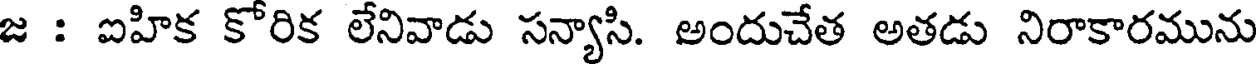
జ : ఐహిక కోరిక లేనివాడు సన్యాసి. అందుచేత అతడు నిరాకారమును